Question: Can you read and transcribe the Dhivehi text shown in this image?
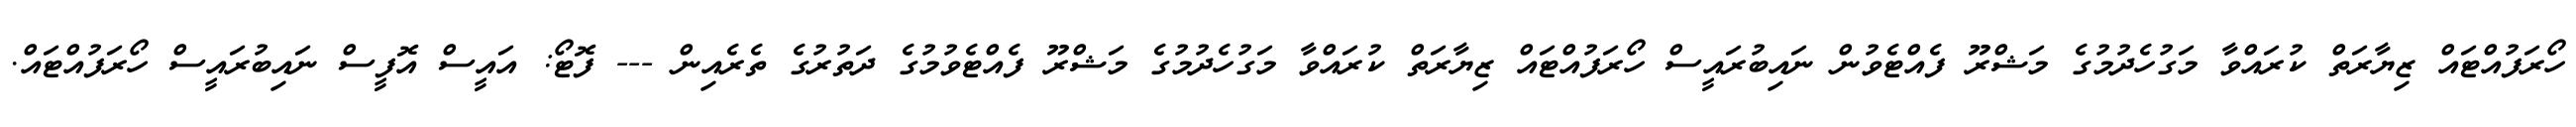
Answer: ހޯރަފުއްޓައް ޒިޔާރަތް ކުރައްވާ މަގުހެދުމުގެ މަޝްރޫ ފެއްޓެވުން ނައިބުރައީސް ހޯރަފުއްޓައް ޒިޔާރަތް ކުރައްވާ މަގުހެދުމުގެ މަޝްރޫ ފެއްޓެވުމުގެ ދަތުރުގެ ތެރެއިން --- ފޮޓޯ: އައީސް އޮފީސް ނައިބުރައީސް ހޯރަފުއްޓައް.